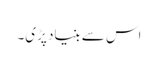
اس سے بنیاد پڑی۔